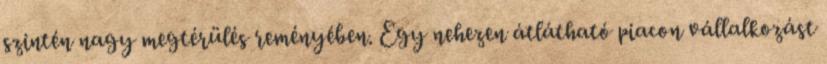
szintén nagy megtérülés reményében. Egy nehezen átlátható piacon vállalkozást